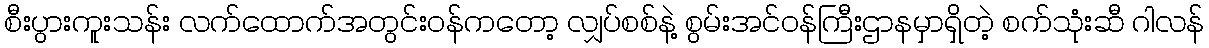
စီးပွားကူးသန်း လက်ထောက်အတွင်းဝန်ကတော့ လျှပ်စစ်နဲ့ စွမ်းအင်ဝန်ကြီးဌာနမှာရှိတဲ့ စက်သုံးဆီ ဂါလန်